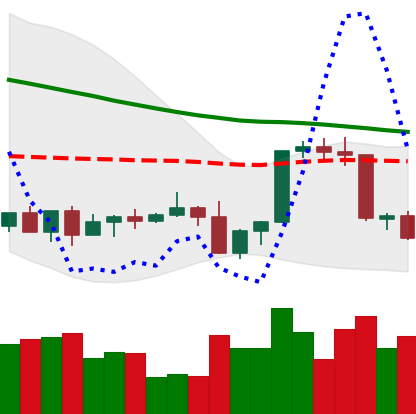
Ticker: XLM-USD
Chart end date: 2022-09-15
Forward return: 15.057%
Label: up_7plus